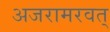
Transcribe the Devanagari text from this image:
अजरामरवत्